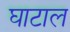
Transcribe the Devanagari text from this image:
घाटाल